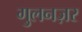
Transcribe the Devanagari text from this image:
गुलनज़र